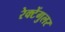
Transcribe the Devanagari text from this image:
रेक्टेंगुलर